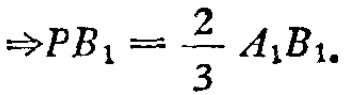
\(\Rightarrow PB_{1}=\frac{2}{3}A_{1}B_{1}.\)